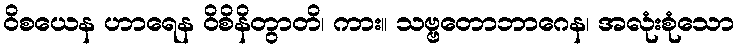
ဝိစယေန ဟာရေန ဝိစိနိတွာတိ၊ ကား။ သဗ္ဗတောဘာဂေန၊ အလုံးစုံသော